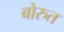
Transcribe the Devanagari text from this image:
बोरुत